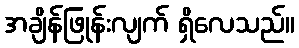
အချိန်ဖြုန်းလျက် ရှိလေသည်။